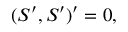
( { \cal S } ^ { \prime } , { \cal S } ^ { \prime } ) ^ { \prime } = 0 ,